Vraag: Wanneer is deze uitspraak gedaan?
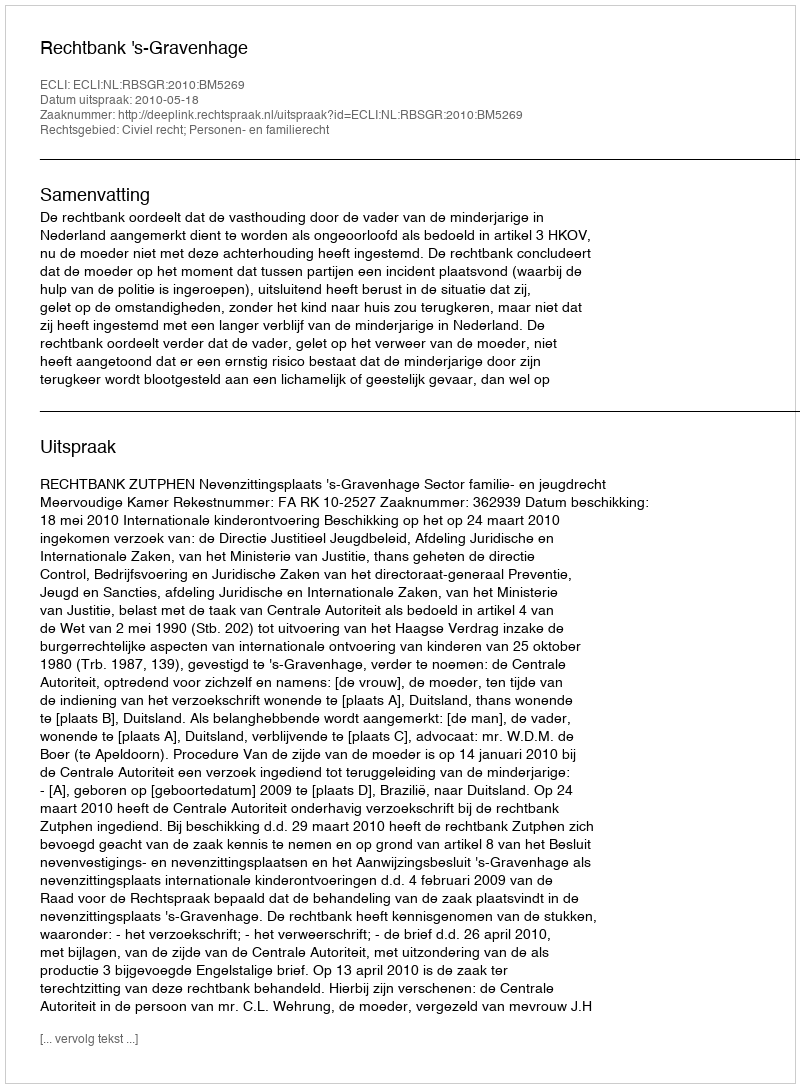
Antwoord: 2010-05-18